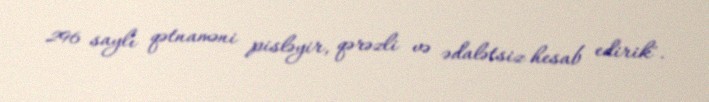
296 saylı qətnaməni pisləyir, qərəzli və ədalətsiz hesab edirik".